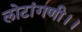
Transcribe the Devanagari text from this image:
लोटांगणी।।